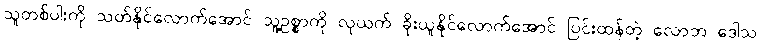
သူတစ်ပါးကို သတ်နိုင်လောက်အောင် သူ့ဥစ္စာကို လုယက် ခိုးယူနိုင်လောက်အောင် ပြင်းထန်တဲ့ လောဘ ဒေါသ